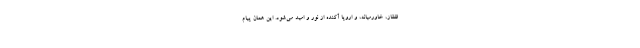
قفقاز، خاورمیانه، و اروپا آکنده از نور و امید می‌شود. این همان پیام